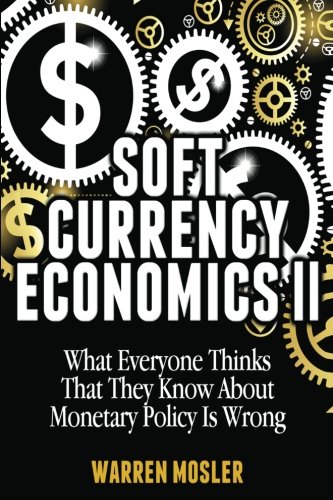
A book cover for Soft Currency Economics II: The Origin of Modern Monetary Theory (MMT - Modern Monetary Theory) (Volume 1); Mr. Warren Mosler; Business & Money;